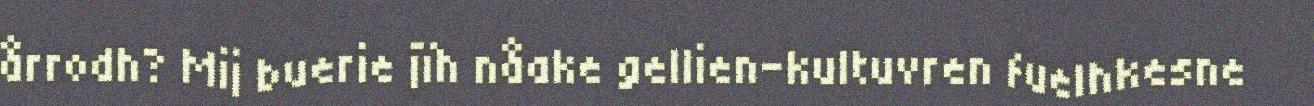
årrodh? Mij buerie jïh nåake gellien-kultuvren fuelhkesne